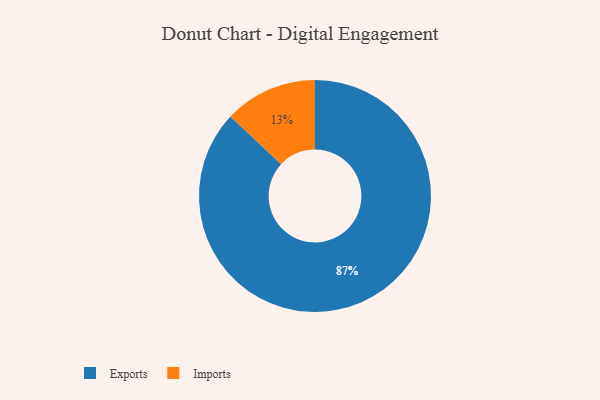
{"axis": {"x": "Category", "y": "Percentage"}, "legend": ["Exports", "Imports"], "data": [{"x": "Imports", "y": 13, "type": "Imports"}, {"x": "Exports", "y": 87, "type": "Exports"}]}